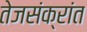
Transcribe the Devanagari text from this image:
तेजसंक्रांत